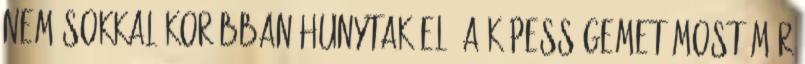
nem sokkal korábban hunytak el. A képességemet most már